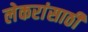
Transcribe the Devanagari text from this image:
लेकरांसाठी